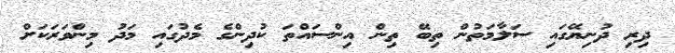
ދިރި ދުނިޔޭގައި ސަލާމަތުން ތިބޭ ތިން އިންސައްތަ ކުދިންގެ މެދުގައި މަދު މިންވަރަކަށް